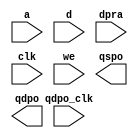
module VGA_FONT_DST(
  a,
  d,
  dpra,
  clk,
  we,
  qdpo_clk,
  qspo,
  qdpo
);

input [10 : 0] a;
input [7 : 0] d;
input [10 : 0] dpra;
input clk;
input we;
input qdpo_clk;
output [7 : 0] qspo;
output [7 : 0] qdpo;

// synthesis translate_off

  DIST_MEM_GEN_V7_2 #(
    .C_ADDR_WIDTH(11),
    .C_DEFAULT_DATA("0"),
    .C_DEPTH(2048),
    .C_FAMILY("spartan6"),
    .C_HAS_CLK(1),
    .C_HAS_D(1),
    .C_HAS_DPO(0),
    .C_HAS_DPRA(1),
    .C_HAS_I_CE(0),
    .C_HAS_QDPO(1),
    .C_HAS_QDPO_CE(0),
    .C_HAS_QDPO_CLK(1),
    .C_HAS_QDPO_RST(0),
    .C_HAS_QDPO_SRST(0),
    .C_HAS_QSPO(1),
    .C_HAS_QSPO_CE(0),
    .C_HAS_QSPO_RST(0),
    .C_HAS_QSPO_SRST(0),
    .C_HAS_SPO(0),
    .C_HAS_SPRA(0),
    .C_HAS_WE(1),
    .C_MEM_INIT_FILE("VGA_FONT_DST.mif"),
    .C_MEM_TYPE(2),
    .C_PARSER_TYPE(1),
    .C_PIPELINE_STAGES(0),
    .C_QCE_JOINED(0),
    .C_QUALIFY_WE(0),
    .C_READ_MIF(1),
    .C_REG_A_D_INPUTS(0),
    .C_REG_DPRA_INPUT(0),
    .C_SYNC_ENABLE(1),
    .C_WIDTH(8)
  )
  inst (
    .A(a),
    .D(d),
    .DPRA(dpra),
    .CLK(clk),
    .WE(we),
    .QDPO_CLK(qdpo_clk),
    .QSPO(qspo),
    .QDPO(qdpo),
    .SPRA(),
    .I_CE(),
    .QSPO_CE(),
    .QDPO_CE(),
    .QSPO_RST(),
    .QDPO_RST(),
    .QSPO_SRST(),
    .QDPO_SRST(),
    .SPO(),
    .DPO()
  );

// synthesis translate_on

endmodule